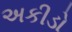
અકીડો